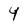
Character: 4